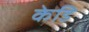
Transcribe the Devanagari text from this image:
केडि